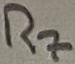
Text: R7